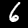
Digit: 6